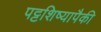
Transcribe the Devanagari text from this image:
पट्टशिष्यापैकी